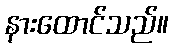
နားထောင်သည်။